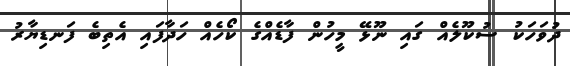
ދުވަހަކު ސުކޫލެއް ގައި ނޫޅޭ މީހުން ފާޑެއްގެ ކޯހެއް ހަދާފައި އެތިބެ ފަނޑިޔާރު